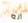
انه